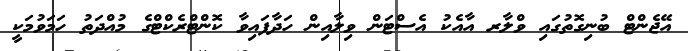
އޭޖެންޓް ބުނިގޮތުގައި ވްލާރ އާއެކު އެސްޓަން ވިލާއިން ހަދާފައިވާ ކޮންޓްރެކްޓްގެ މުއްދަތު ހަމަވުމަކީ